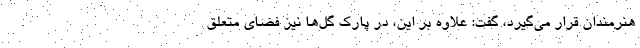
هنرمندان قرار می‌گیرد، گفت: علاوه بر این، در پارک گل‌ها نیز فضای متعلق